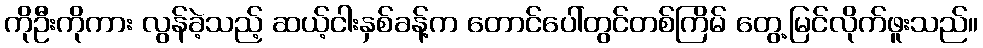
ကိုဦးကိုကား လွန်ခဲ့သည့် ဆယ့်ငါးနှစ်ခန့်က တောင်ပေါ်တွင်တစ်ကြိမ် တွေ့မြင်လိုက်ဖူးသည်။